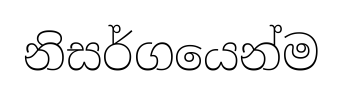
නිසර්ගයෙන්ම